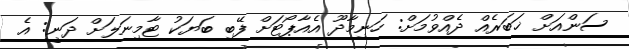
ސަންއަށް ޚަބަރެއް ދެއްވުމަށް: ހަނިމާދޫ އެއާޕޯޓަށް ފޭބި ބަޔަކު ޓާމިނަލަށް ދަނީ: އެ